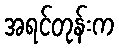
အရင်တုန်းက